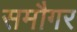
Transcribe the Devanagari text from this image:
समौगर